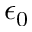
\epsilon _ { 0 }